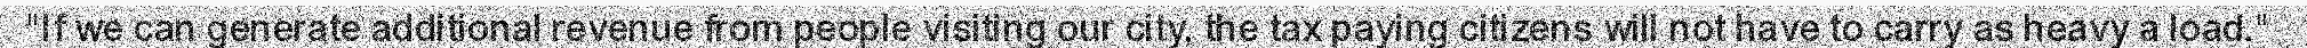
"If we can generate additional revenue from people visiting our city, the tax paying citizens will not have to carry as heavy a load."